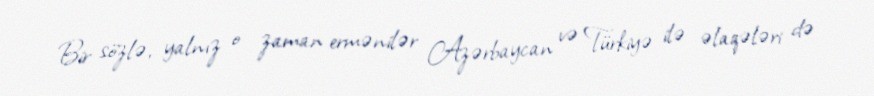
Bir sözlə, yalnız o zaman ermənilər Azərbaycan və Türkiyə ilə əlaqələri də